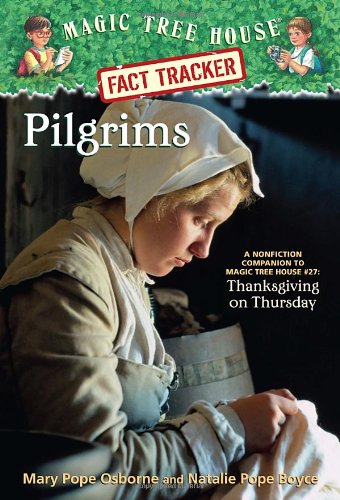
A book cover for Magic Tree House Fact Tracker #13: Pilgrims: A Nonfiction Companion to Magic Tree House #27: Thanksgiving on Thursday; Mary Pope Osborne; Children's Books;